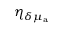
\eta _ { \delta \mu _ { \mathrm { a } } }